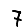
Digit: 7